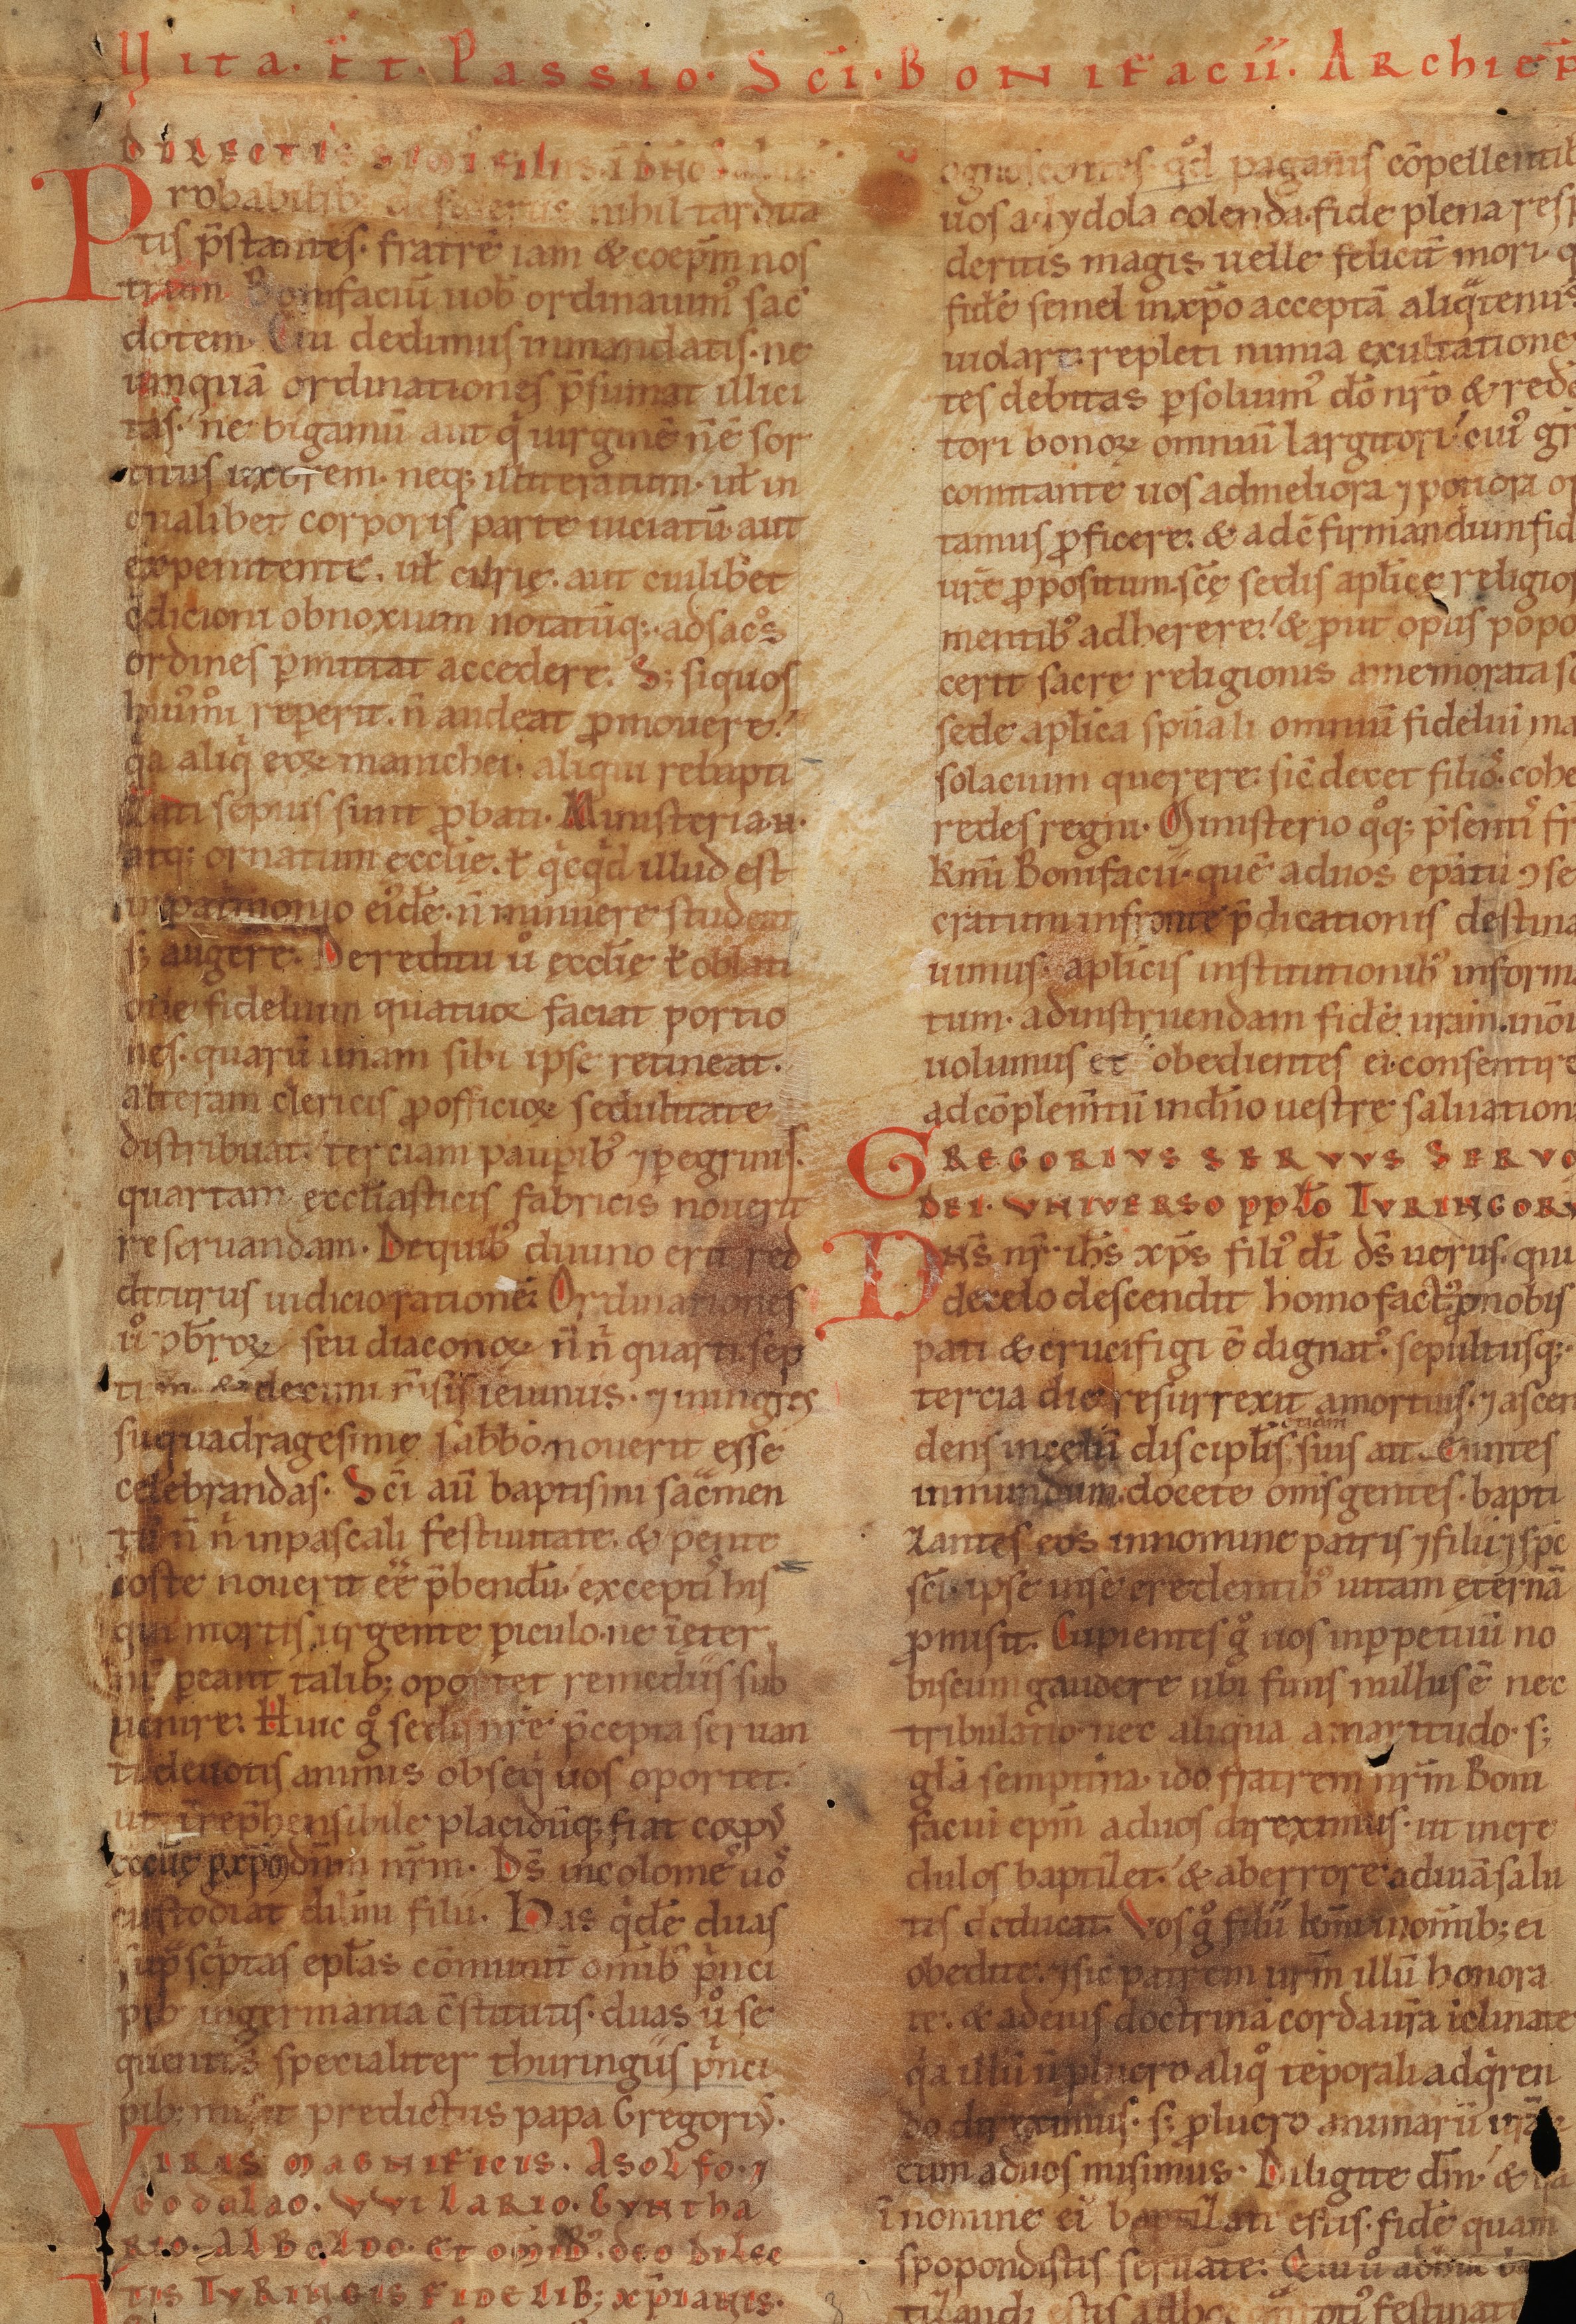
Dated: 1141–1170